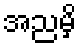
အညမှိ